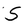
Character: S